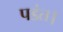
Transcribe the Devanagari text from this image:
पडंत।